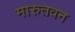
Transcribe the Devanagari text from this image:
मारुतवन